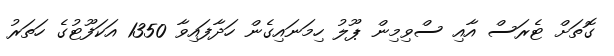
ގޮތަށް ޓެރަސް އާއި ސްވިމިން ޕޫލު ހިމަނައިގެން ހަދާފައިވާ 1350 އަކަފޫޓުގެ ހަތަރު